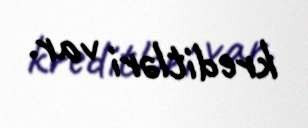
kreditləri var.